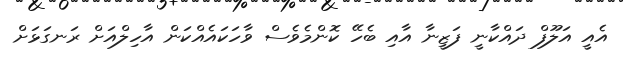
އެއީ އަލޫފް ދައްކާނީ ފަޒީނާ އާއި ބެހޭ ކޮންމެވެސް ވާހަކައެއްކަން އާހިލްއަށް ރަނގަޅަށް